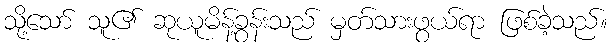
သို့သော် သူ၏ ဆုယူမိန့်ခွန်းသည် မှတ်သားဖွယ်ရာ ဖြစ်ခဲ့သည်။